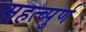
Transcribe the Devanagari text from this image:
महत्व्पुर्ण